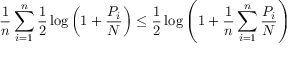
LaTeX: { \frac { 1 } { n } } \sum _ { i = 1 } ^ { n } { \frac { 1 } { 2 } } \log \left( 1 + { \frac { P _ { i } } { N } } \right) \leq { \frac { 1 } { 2 } } \log \left( 1 + { \frac { 1 } { n } } \sum _ { i = 1 } ^ { n } { \frac { P _ { i } } { N } } \right) \,